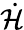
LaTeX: \dot{\mathcal{H}}